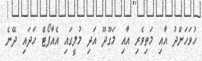
ހުވަހަންދު އާއި މަތިވެރި އާއި މަގޫދޫ އަދި މުލީގައި އެއާޕޯޓް ހަދައި ދޭނެ